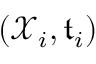
( \mathcal { X } _ { i } , \mathfrak { t } _ { i } )